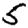
Digit: 5